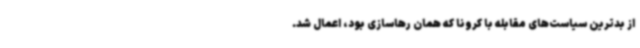
از بدترین سیاست‌های مقابله با کرونا که همان رهاسازی بود، اعمال شد.